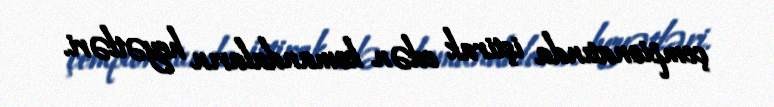
çempionatında iştirak edən komandaların heyətləri.